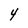
Character: 4